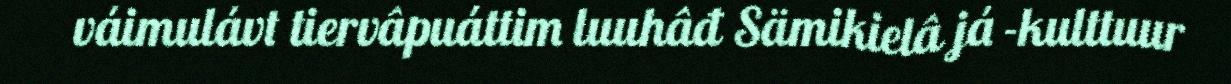
váimulávt tiervâpuáttim luuhâđ Sämikielâ já -kulttuur